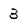
Character: 3